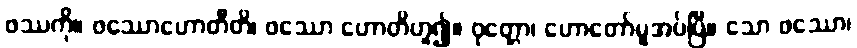
ဖဿကို။ ဖဿောဟောတီတိ၊ ဖဿော ဟောတိဟူ၍။ ဝုတ္တော၊ ဟောတော်မူအပ်ပြီ။ သော ဖဿော၊